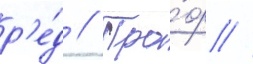
р'е́д // Про́ф //